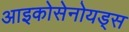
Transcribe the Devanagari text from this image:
आइकोसेनोयड्स